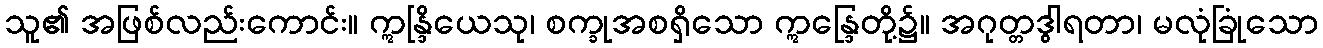
သူ၏ အဖြစ်လည်းကောင်း။ ဣန္ဒြိယေသု၊ စက္ခုအစရှိသော ဣန္ဒြေတို့၌။ အဂုတ္တဒွါရတာ၊ မလုံခြုံသော